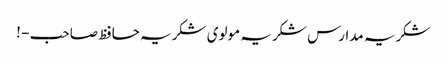
شکریہ مدارس شکریہ مولوی شکریہ حافظ صاحب - !